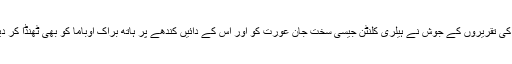
ان کی تقریروں کے جوش نے ہیلری کلنٹن جیسی سخت جان عورت کو اور اس کے دائیں کندھے پر ہاتھ براک اوباما کو بھی ٹھنڈا کر دیا ۔